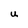
Character: U